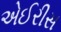
એઈરીસ